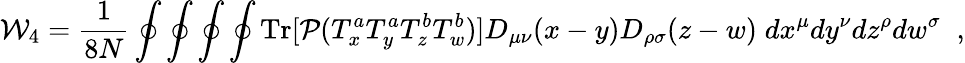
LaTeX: {\cal W}_{4}={\frac{1}{8N}}\oint\oint\oint\oint\mathrm{Tr}[{\cal P}(T_{x}^{a}T_{y}^{a}T_{z}^{b}T_{w}^{b})]D_{\mu\nu}(x-y)D_{\rho\sigma}(z-w)\; dx^{\mu}dy^{\nu}dz^{\rho}dw^{\sigma}\; \; ,